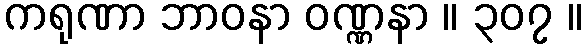
ကရုဏာ ဘာဝနာ ဝဏ္ဏနာ ။ ၃၀၇ ။